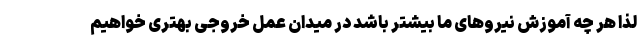
لذا هر چه آموزش نیروهای ما بیشتر باشد در میدان عمل خروجی بهتری خواهیم